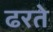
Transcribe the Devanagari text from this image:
ढरते